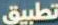
تطبيق